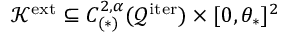
\mathcal { K } ^ { \mathrm { e x t } } \subseteq C _ { ( \ast ) } ^ { 2 , \alpha } ( \mathcal { Q } ^ { \mathrm { i t e r } } ) \times [ 0 , \theta _ { \ast } ] ^ { 2 }